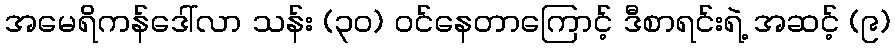
အမေရိကန်ဒေါ်လာ သန်း (၃၀) ဝင်နေတာကြောင့် ဒီစာရင်းရဲ့ အဆင့် (၉)